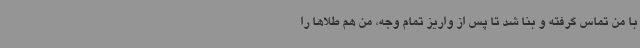
با من تماس گرفته و بنا شد تا پس از واریز تمام وجه، من هم طلاها را